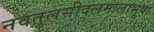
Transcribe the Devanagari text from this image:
नवतुलसीदलमालाभूषा